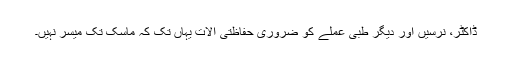
ڈاکٹر، نرسیں اور دیگر طبی عملے کو ضروری حفاظتی آلات یہاں تک کہ ماسک تک میسر نہیں۔